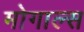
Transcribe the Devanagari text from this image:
मोगाल्स